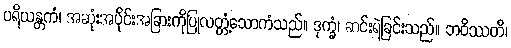
ပရိယန္တကံ၊ အဆုံးအပိုင်းအခြားကိုပြုလတ္တံ့သောကံသည်။ ဒုက္ခံ၊ ဆင်းရဲခြင်းသည်။ ဘဝိဿတိ၊